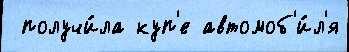
 получи́ла куп'е автомоб'и́л'я